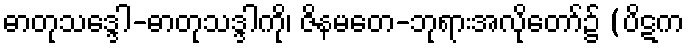
ဓာတုသဒ္ဒေါ-ဓာတုသဒ္ဒါကို၊ ဇိနမတေ-ဘုရားအလိုတော်၌ (ပိဋက